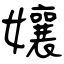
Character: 孃